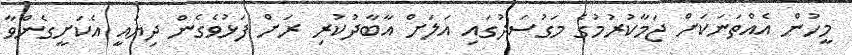
މީހުން އެއްތަނަކަށް ޖަމާކުރުމުގެ މަގުސަދުގައި އަލަށް އާބާދުކުރި ރަށް ފަޅުވެގެން ދިޔައީ އެކަށީގެންވާ